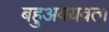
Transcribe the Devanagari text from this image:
बहुअवयवता